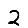
Digit: 2